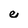
Character: e